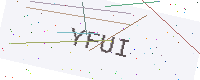
Text: YFUI